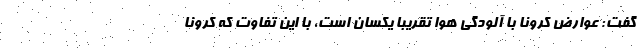
گفت: عوارض کرونا با آلودگی هوا تقریبا یکسان است، با این تفاوت که کرونا